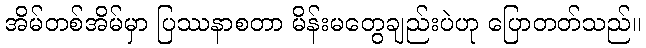
အိမ်တစ်အိမ်မှာ ပြဿနာစတာ မိန်းမတွေချည်းပဲဟု ပြောတတ်သည်။